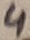
Text: 4